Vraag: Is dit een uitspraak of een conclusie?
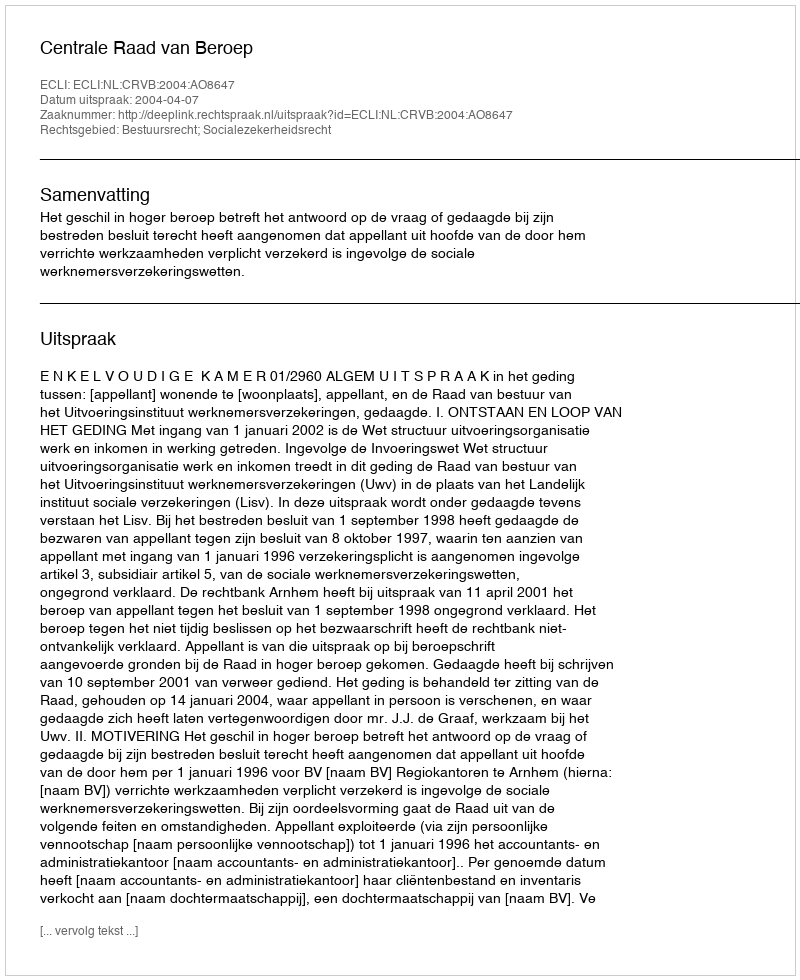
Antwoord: Uitspraak